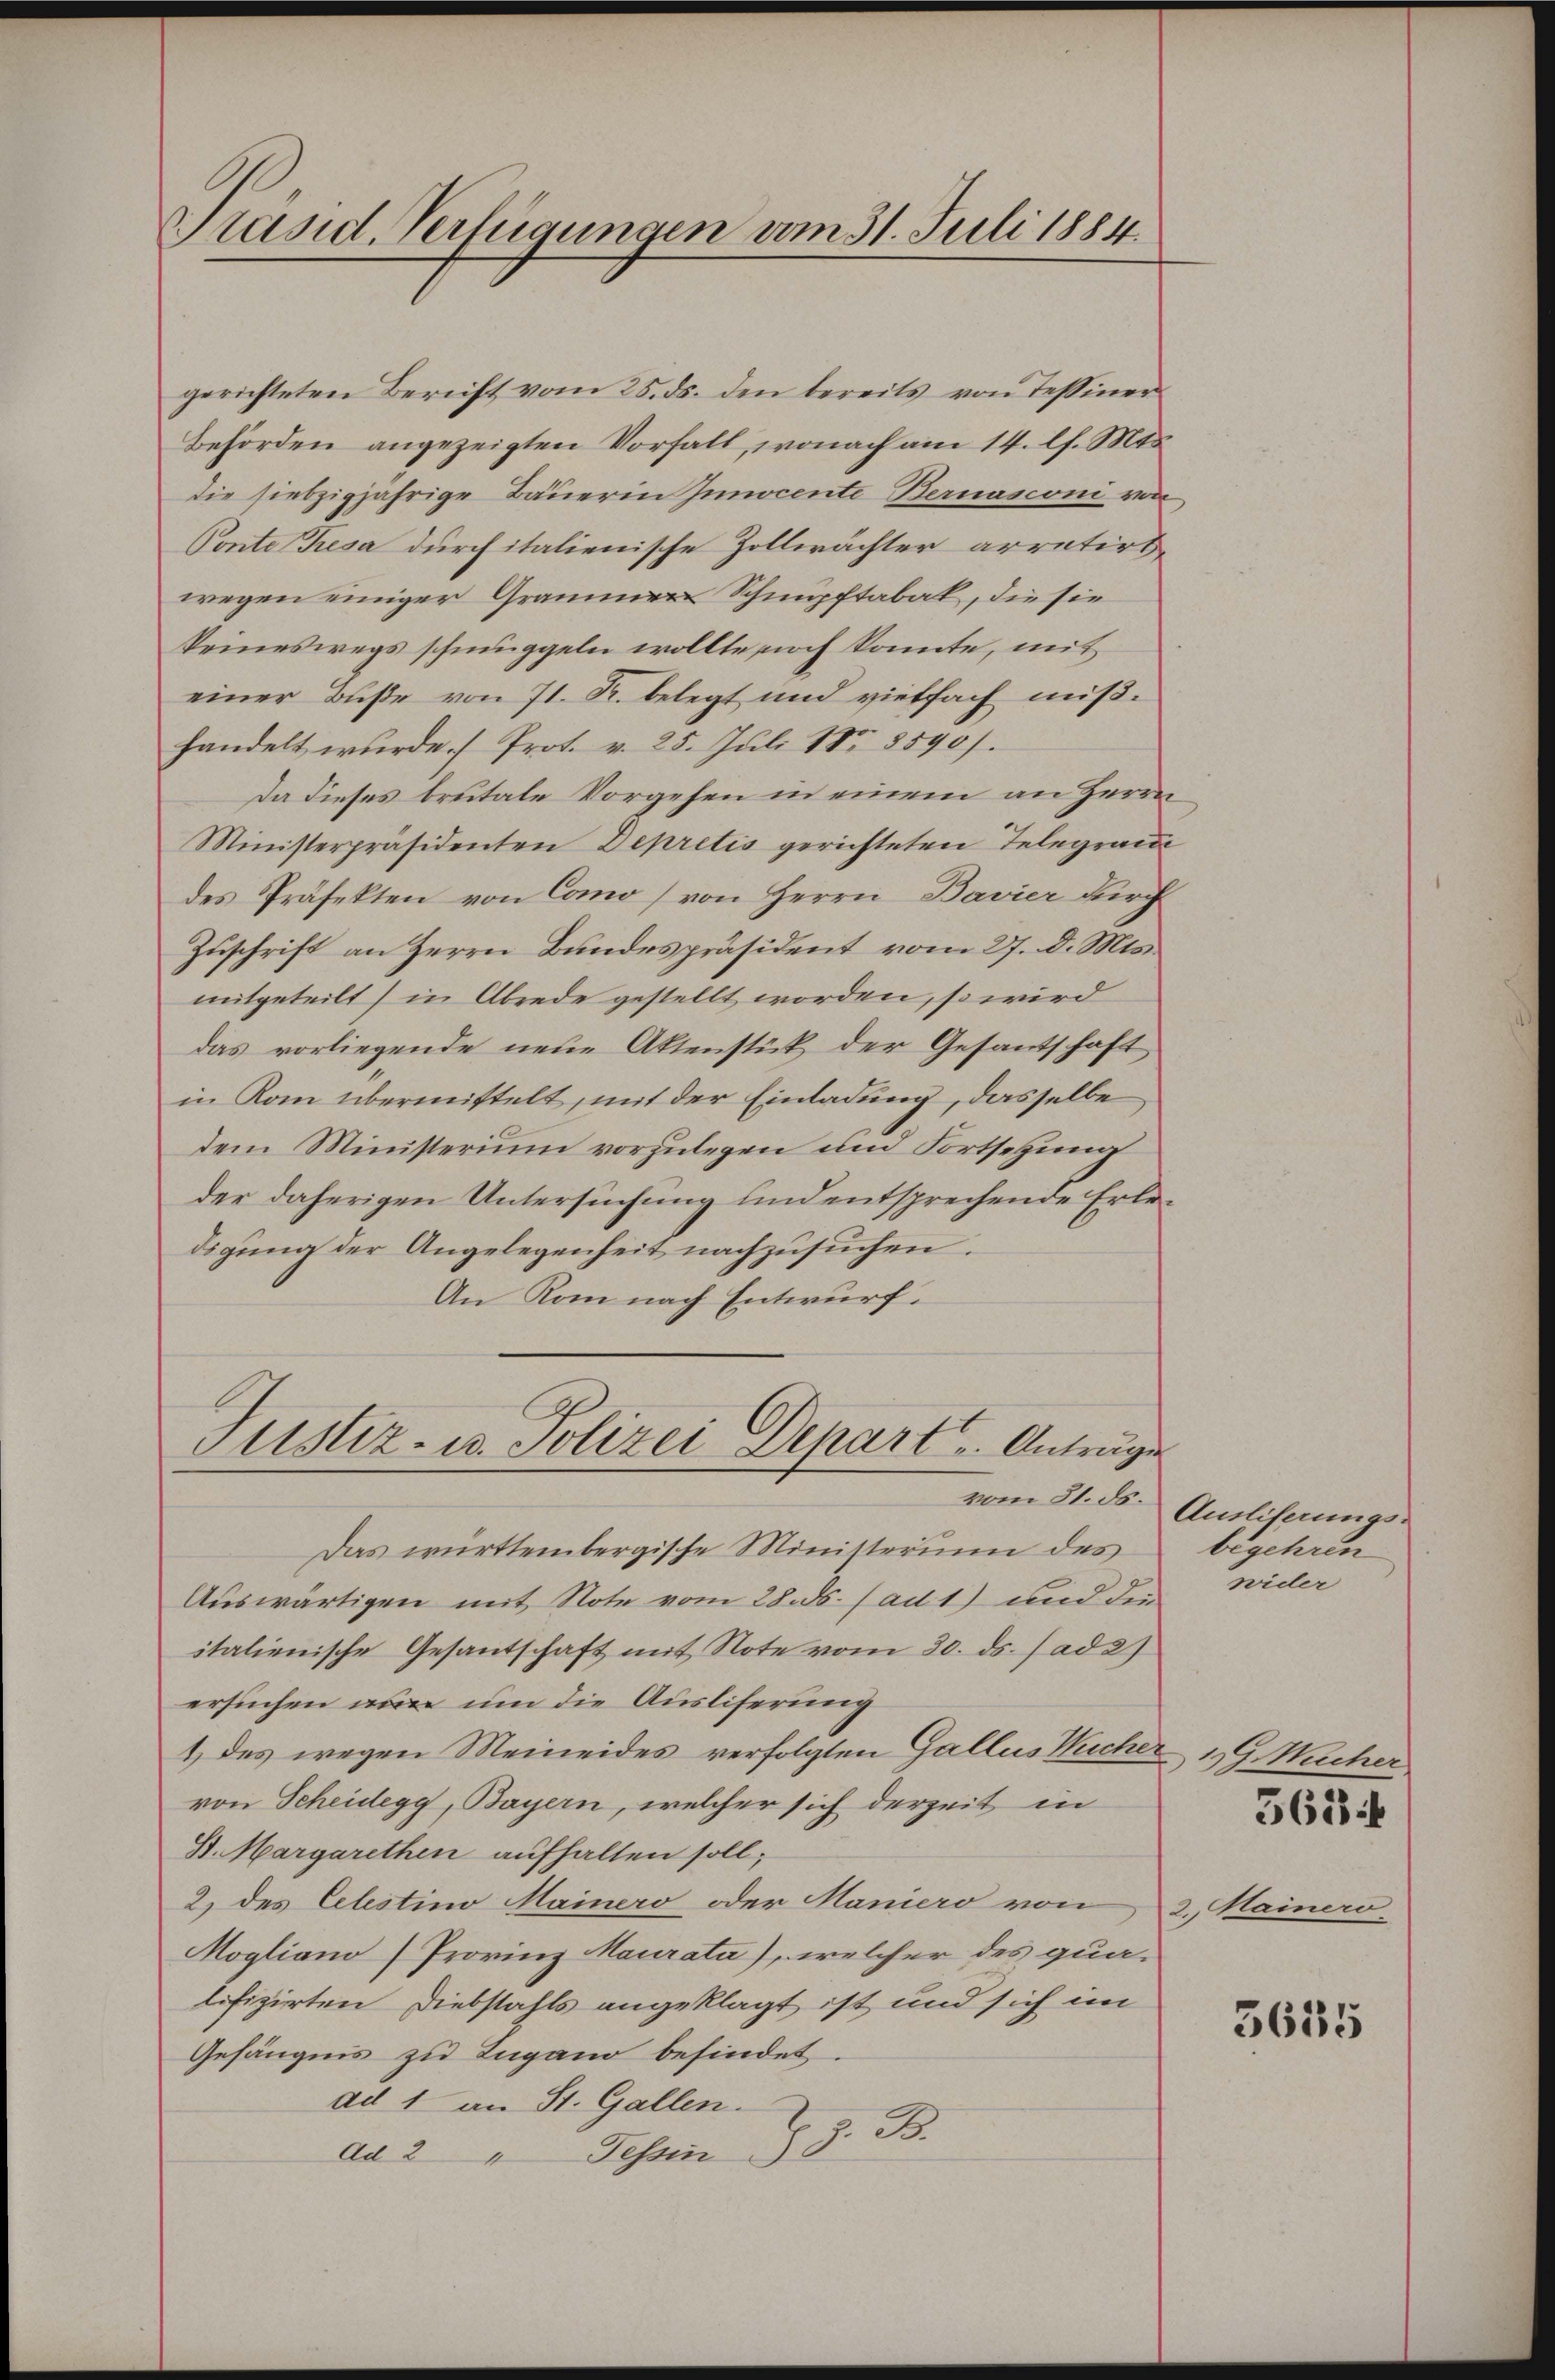
Präsid. Verfügungen vom 31. Juli 1884.

gerichteten Bericht vom 25. ds. den bereits von Tessiner
Behörden angezeigten Vorhalt, wonach am 14. l. Mts.
die siebzigjährige Bauerin Innocente Bernasconi von
Ponte Resa durch italienische Zollwächter arretirt,
wegen einiger Grammen Schnupftabak, die sie
keineswegs schmuggeln wollte noch konnte, mit
einer Buße von 71. R. belegt und vielfach mißhandelt wurde. (Prot. v. 25. Juli 185 8590).
Da dieses brutale Vorgehen in einem an Herrn
Ministerpräsidenten Depretis gerichteten Telegram
des Präfekten von Como (von Herrn Bavier durch
Zuschrift an Herrn Bundespräsident vom 27. d. Mts.
mitgeteilt, in Abrede gestellt worden, so wird
das vorliegende neue Aktenstück der Gesantschaft
in Kom übermittelt, mit der Einladung, dasselbe
dem Ministerium vorzulegen und Fortsetzung
der daherigen Untersuchung und entsprechende Erledigung der Angelegenheit nachzusuchen.
An Rom nach Entwurf.

Justiz- u. Polizei Depart u. Antrage
vom 31. ds.

Das württembergische Ministerium des
Auswärtigen mit Note vom 28. ds. (ad 1) und die
italienische Gesantschaft mit Note vom 30. ds. (ad 27
ersuchen von um die Auslieferung
1 des wegen Meineides verfolgten Gallus Wucher
von Scheidegg, Bayern, welcher sich derzeit in
St. Margarethen aufhalten soll;
2.) des Celestino Mainers oder Haniero von 2. Mainero-
Mogliano Provinz Maurata), welcher des qualifizirten Diebstahls angeklagt ist und sich im
Gefängnis zu Lugano befindet.
ad 1 an St. Gallen.
J. 2
dd 2 " Tessin d.

Ausliserungs-
be ihren
wider

1G Wucher
368 f

3635